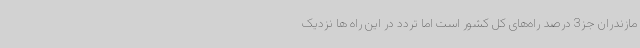
مازندران جز3 درصد راه‌های کل کشور است اما تردد در این راه ‌ها نزدیک